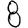
Digit: 8